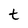
Character: t